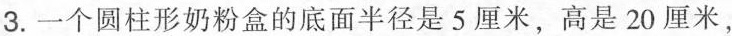
3.一个圆柱形奶粉盒的底面半径是5厘米，高是20厘米，